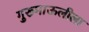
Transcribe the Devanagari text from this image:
गुरूमाऊलीला